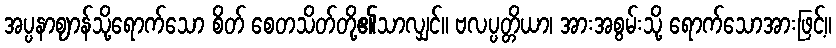
အပ္ပနာဈာန်သို့ရောက်သော စိတ် စေတသိတ်တို့၏သာလျှင်။ ဗလပ္ပတ္တိယာ၊ အားအစွမ်းသို့ ရောက်သောအားဖြင့်။